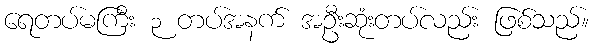
ရေတပ်မကြီး ၃ တပ်အနက် အဦးဆုံးတပ်လည်း ဖြစ်သည်။